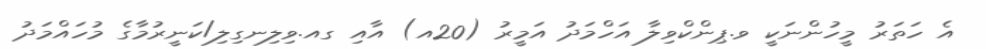
އެ ހަތަރު މީހުންނަކީ ވ.ޕިންކްވިލާ އަހްމަދު އަމީރު (20އ) އާއި ގއ.ވިލިނގިލި/ކަނީރުމާގެ މުހައްމަދު